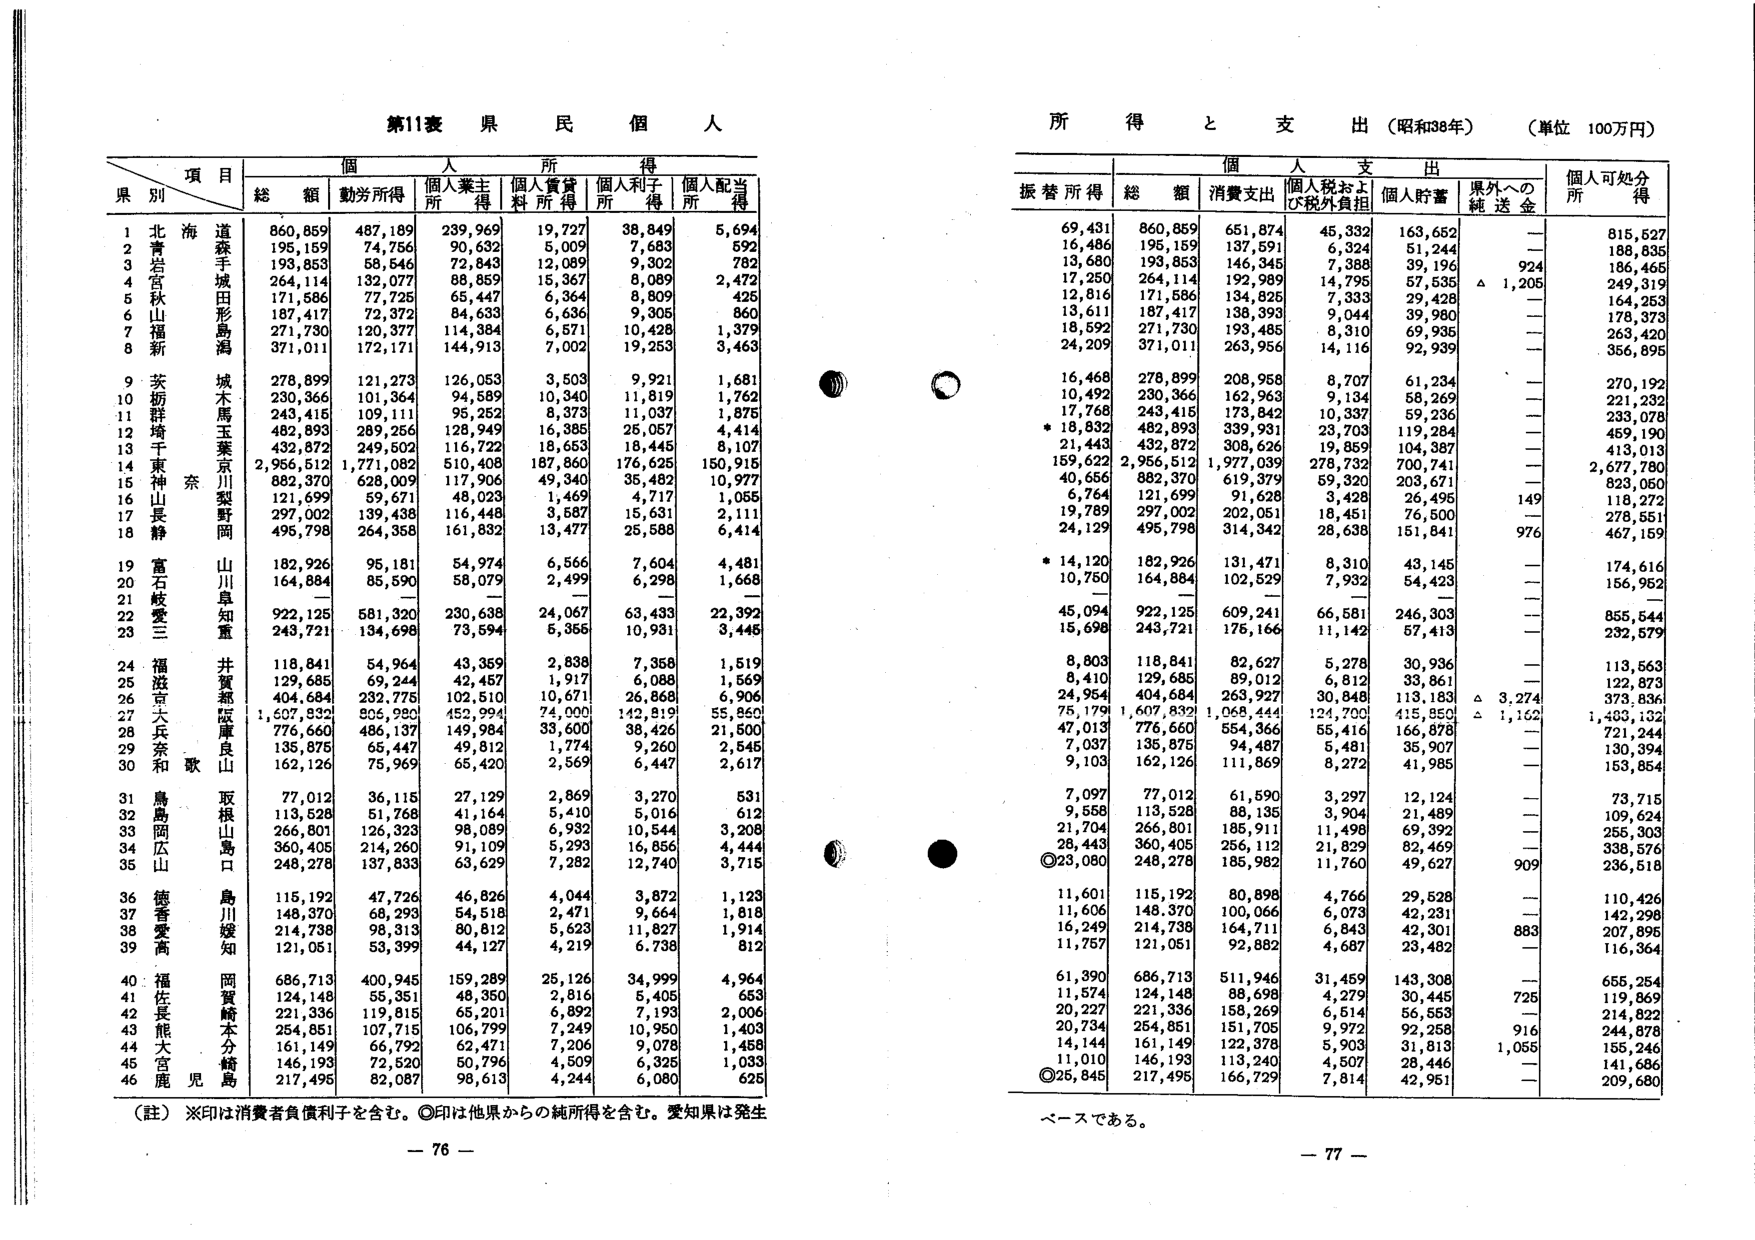
第11表 県 民 個 人

所 得 と 支 出 （昭和38年） （単位 100万円）

項 目
県 別
個 人 所 得
振 替 所 得
個 人 支 出
個人可処分得

総 額
勤労所得
個人業主所得
個人賃貸料所得
個人利子所得
個人配当所得
総 額
消費支出
個人税および税外負担
個人貯蓄
県外への純送金
所

1 北海道 860,859 487,189 239,969 19,727 38,849 5,694 69,431 860,859 651,874 45,332 163,652 — 815,527
2 青森 195,159 74,756 90,632 5,009 7,683 592 16,486 195,159 137,591 6,324 51,244 — 188,835
3 岩手 193,853 58,546 72,843 12,089 9,302 782 13,680 193,853 146,345 7,388 39,196 924 186,465
4 宮城 264,114 132,077 88,859 15,367 8,089 2,472 17,250 264,114 192,989 14,795 57,535 △ 1,205 249,319
5 秋田 171,586 77,725 65,447 6,364 8,809 425 12,816 171,586 134,825 7,333 29,428 — 164,253
6 山形 187,417 72,372 84,633 6,636 9,305 860 13,611 187,417 138,393 9,044 39,980 — 178,373
7 福島 271,730 120,377 114,384 6,571 10,428 1,379 18,592 271,730 193,485 8,310 69,935 — 263,420
8 新潟 371,011 172,171 144,913 7,002 19,253 3,463 24,209 371,011 263,956 14,116 92,939 — 356,895

9 茨城 278,899 121,273 126,053 3,503 9,921 1,681 16,468 278,899 208,958 8,707 61,234 — 270,192
10 栃木 230,366 101,364 94,589 10,340 11,819 1,762 10,492 230,366 162,963 9,134 58,269 — 221,232
11 群馬 243,415 109,111 95,252 8,373 11,037 1,875 17,768 243,415 173,842 10,337 59,236 — 233,078
12 埼玉 482,893 289,256 128,949 16,385 25,057 4,414 * 18,832 482,893 339,931 23,703 119,284 — 459,190
13 千葉 432,872 249,502 116,722 18,653 18,445 8,107 21,443 432,872 308,626 19,859 104,387 — 413,013
14 東京 2,956,512 1,771,082 510,408 187,860 176,625 150,915 159,622 2,956,512 1,977,039 278,732 700,741 — 2,677,780
15 神奈川 882,370 628,009 117,906 49,340 35,482 10,977 40,656 882,370 619,379 59,320 203,671 — 823,050
16 山梨 121,699 59,671 48,023 1,469 4,717 1,055 6,764 121,699 91,628 3,428 26,495 149 118,272
17 長野 297,002 139,438 116,448 3,587 15,631 2,111 19,789 297,002 202,051 18,451 76,500 — 278,551
18 静岡 495,798 264,358 161,832 13,477 25,588 6,414 24,129 495,798 314,342 28,638 151,841 976 467,159

19 富山 182,926 95,181 54,974 6,566 7,604 4,481 * 14,120 182,926 131,471 8,310 43,145 — 174,616
20 石川 164,884 85,590 58,079 2,499 6,298 1,668 10,750 164,884 102,529 7,932 54,423 — 156,952
21 岐阜 — — — — — — — — — — — — —
22 愛知 922,125 581,320 230,638 24,067 63,433 22,392 45,094 922,125 609,241 66,581 246,303 — 855,544
23 三重 243,721 134,698 73,594 5,355 10,931 3,445 15,698 243,721 175,166 11,142 57,413 — 232,579

24 福井 118,841 54,964 43,359 2,838 7,358 1,519 8,803 118,841 82,627 5,278 30,936 — 113,563
25 滋賀 129,685 69,244 42,457 1,917 6,088 1,569 8,410 129,685 89,012 6,812 33,861 — 122,873
26 京都 404,684 232,775 102,510 10,671 26,868 6,906 24,954 404,684 263,927 30,848 113,183 △ 3,274 373,836
27 大阪 1,607,832 805,980 452,994 74,000 142,819 55,860 75,179 1,607,832 1,068,444 124,700 415,850 △ 1,162 1,480,132
28 兵庫 776,660 486,137 149,984 33,600 38,426 21,500 47,013 776,660 554,366 55,416 166,878 — 721,244
29 奈良 135,875 65,447 49,812 1,774 9,260 2,545 7,037 135,875 94,487 5,481 35,907 — 130,394
30 和歌山 162,126 75,969 65,420 2,569 6,447 2,617 9,103 162,126 111,869 8,272 41,985 — 153,854

31 鳥取 77,012 36,115 27,129 2,869 3,270 531 7,097 77,012 61,590 3,297 12,124 — 73,715
32 島根 113,528 51,768 41,164 5,410 5,016 612 9,558 113,528 88,135 3,904 21,489 — 109,624
33 岡山 266,801 126,323 98,089 6,932 10,544 3,208 21,704 266,801 185,911 11,498 69,392 — 255,303
34 広島 360,405 214,260 91,109 5,293 16,856 4,444 28,443 360,405 256,112 21,839 82,469 — 338,576
35 山口 248,278 137,833 63,629 7,282 12,740 3,715 ◎23,080 248,278 185,982 11,760 49,627 909 236,518

36 徳島 115,192 47,726 46,826 4,044 3,872 1,123 11,601 115,192 80,898 4,766 29,528 — 110,426
37 香川 148,370 68,293 54,518 2,471 9,664 1,818 11,606 148,370 100,066 6,073 42,231 — 142,298
38 愛媛 214,738 98,313 80,812 5,623 11,827 1,914 16,249 214,738 164,711 6,843 42,301 883 207,895
39 高知 121,051 53,399 44,127 4,219 6,738 812 11,757 121,051 92,882 4,687 23,482 — 116,364

40 福岡 686,713 400,945 159,289 25,126 34,999 4,964 61,390 686,713 511,946 31,459 143,308 — 655,254
41 佐賀 124,148 55,351 48,350 2,816 5,405 653 11,574 124,148 88,698 4,279 30,445 725 119,869
42 長崎 221,336 119,815 65,201 6,892 7,193 2,006 20,227 221,336 158,269 6,514 56,553 — 214,822
43 熊本 254,851 107,715 106,799 7,249 10,950 1,403 20,734 254,851 151,705 9,972 92,258 916 244,878
44 大分 161,149 66,792 62,471 7,206 9,078 1,458 14,144 161,149 122,378 5,903 31,813 1,055 155,246
45 宮崎 146,193 72,520 50,796 4,509 6,325 1,033 11,010 146,193 113,240 4,507 28,446 — 141,686
46 鹿児島 217,495 82,087 98,613 4,244 6,080 625 ◎25,845 217,495 166,729 7,814 42,951 — 209,680

（註）※印は消費者負債利子を含む。◎印は他県からの純所得を含む。愛知県は発生ベースである。

— 76 —
— 77 —